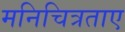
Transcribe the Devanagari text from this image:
मनिचित्रताए